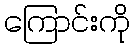
ကြောင်းကို